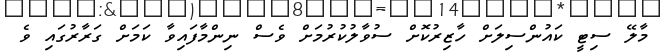
މާލޭ ސިޓީ ކައުންސިލަށް ހާޒިރުކޮށް ސުވާލުކުރުމަށް ވެސް ނިންމާފައިވާ ކަމަށް ގަރާރުގައި ވެ